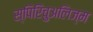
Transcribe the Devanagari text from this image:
स्पिरिचुअलिज्म